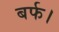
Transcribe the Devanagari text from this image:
बर्फ।